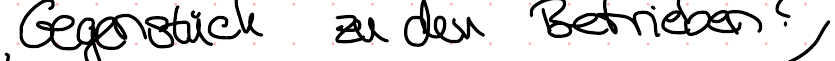
Gegenstück zu den Betrieben?